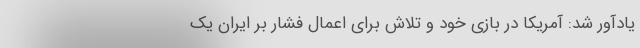
یادآور شد: آمریکا در بازی خود و تلاش برای اعمال فشار بر ایران یک